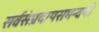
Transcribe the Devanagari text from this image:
सर्वसंप्रदायसमन्वयी